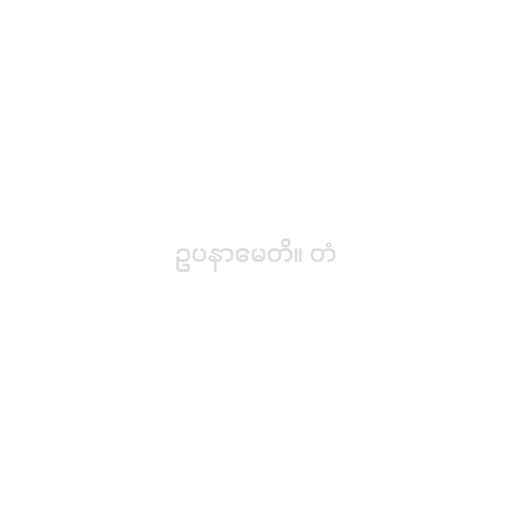
ဥပနာမေတိ။ တံ